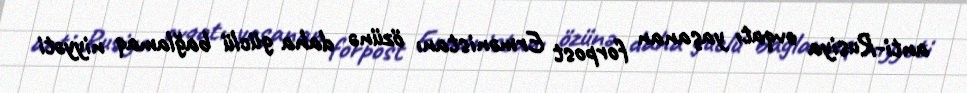
anti-Rusiya ovqatı yaşanan forpost Ermənistanı özünə daha güclü bağlamaq niyyəti